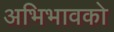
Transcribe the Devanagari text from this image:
अभिभावको